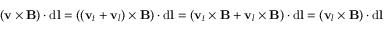
( \mathbf { v } \times \mathbf { B } ) \cdot \mathrm { d } \mathbf { l } = ( ( \mathbf { v } _ { t } + \mathbf { v } _ { l } ) \times \mathbf { B } ) \cdot \mathrm { d } \mathbf { l } = ( \mathbf { v } _ { t } \times \mathbf { B } + \mathbf { v } _ { l } \times \mathbf { B } ) \cdot \mathrm { d } \mathbf { l } = ( \mathbf { v } _ { l } \times \mathbf { B } ) \cdot \mathrm { d } \mathbf { l }